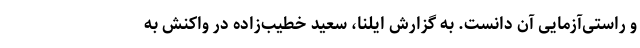
و راستی‌آزمایی آن دانست. به گزارش ایلنا، سعید خطیب‌زاده در واکنش به